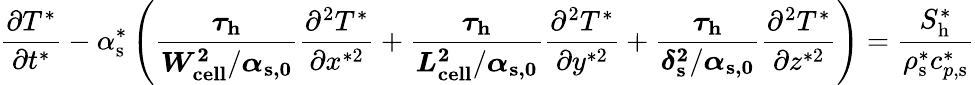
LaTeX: \frac{\partial T^{*}}{\partial t^{*}}-\alpha_{\mathrm{{s}}}^{*}\left(\boldsymbol{\frac{\tau_{\mathrm{h}}}{W_{\mathrm{cell}}^{2}/\alpha_{\mathrm{s,0}}}}\frac{\partial^{2}T^{*}}{\partial x^{*2}}+\boldsymbol{\frac{\tau_{\mathrm{h}}}{L_{\mathrm{cell}}^{2}/\alpha_{\mathrm{s,0}}}}\frac{\partial^{2}T^{*}}{\partial y^{*2}}+\boldsymbol{\frac{\tau_{\mathrm{h}}}{\delta_{\mathrm{s}}^{2}/\alpha_{\mathrm{s,0}}}}\frac{\partial^{2}T^{*}}{\partial z^{*2}}\right)=\frac{S_{\mathrm{h}}^{*}}{\rho_{\mathrm{s}}^{*}c_{p,\mathrm{s}}^{*}}